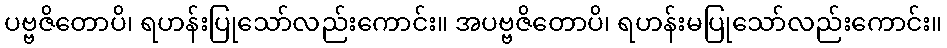
ပဗ္ဗဇိတောပိ၊ ရဟန်းပြုသော်လည်းကောင်း။ အပဗ္ဗဇိတောပိ၊ ရဟန်းမပြုသော်လည်းကောင်း။